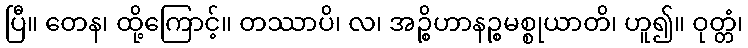
ပြီ။ တေန၊ ထို့ကြောင့်။ တဿာပိ၊ လ၊ အဉ္စိဟာနဉ္စမစ္စုယာတိ၊ ဟူ၍။ ဝုတ္တံ၊